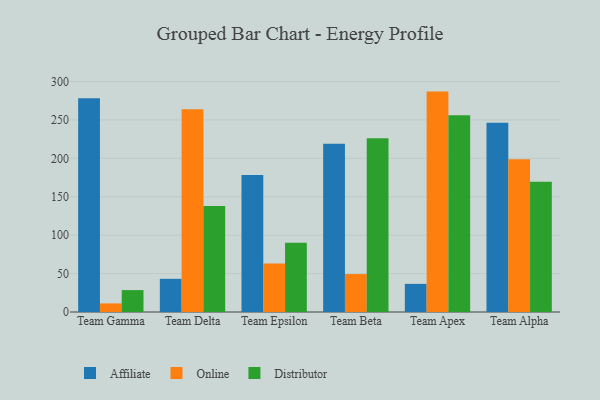
{"axis": {"x": "Team", "y": "Humidity (%)"}, "legend": ["Affiliate", "Distributor", "Online"], "data": [{"x": "Team Gamma", "y": 278.3, "type": "Affiliate"}, {"x": "Team Gamma", "y": 11.2, "type": "Online"}, {"x": "Team Gamma", "y": 28.5, "type": "Distributor"}, {"x": "Team Delta", "y": 43.2, "type": "Affiliate"}, {"x": "Team Delta", "y": 263.8, "type": "Online"}, {"x": "Team Delta", "y": 138.0, "type": "Distributor"}, {"x": "Team Epsilon", "y": 178.2, "type": "Affiliate"}, {"x": "Team Epsilon", "y": 63.1, "type": "Online"}, {"x": "Team Epsilon", "y": 90.1, "type": "Distributor"}, {"x": "Team Beta", "y": 219.1, "type": "Affiliate"}, {"x": "Team Beta", "y": 49.4, "type": "Online"}, {"x": "Team Beta", "y": 226.1, "type": "Distributor"}, {"x": "Team Apex", "y": 36.6, "type": "Affiliate"}, {"x": "Team Apex", "y": 286.9, "type": "Online"}, {"x": "Team Apex", "y": 256.2, "type": "Distributor"}, {"x": "Team Alpha", "y": 246.2, "type": "Affiliate"}, {"x": "Team Alpha", "y": 198.7, "type": "Online"}, {"x": "Team Alpha", "y": 169.4, "type": "Distributor"}]}